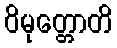
ဝိမုတ္တောတိ